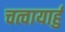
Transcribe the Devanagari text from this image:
चत्वायार्हु